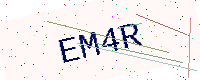
Text: EM4R